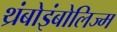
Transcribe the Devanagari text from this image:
थ्रंबोइंबोलिज्म